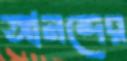
আনন্দের